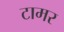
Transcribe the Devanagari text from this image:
टामर